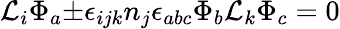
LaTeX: {\cal L}_{i}{\Phi}_{a}{\pm}{\epsilon}_{ijk}n_{j}{\epsilon}_{abc}{\Phi}_{b}{\cal L}_{k}{\Phi}_{c}=0